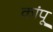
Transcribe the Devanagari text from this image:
कांपू